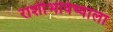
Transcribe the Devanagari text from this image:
राशीभविष्याला